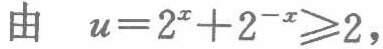
由 \(u = 2^{x}+2^{-x}\geqslant2\)，